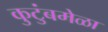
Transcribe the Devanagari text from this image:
कुटुंबमेळा